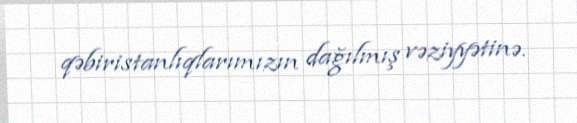
qəbiristanlıqlarımızın dağılmış vəziyyətinə.